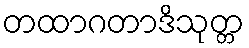
တထာဂတာဒိသုတ္တ